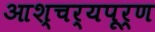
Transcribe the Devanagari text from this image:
आश्चर्यपूर्ण